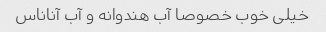
خیلی‌ خوب خصوصا آب هندوانه و آب آناناس